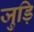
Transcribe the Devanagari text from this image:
जुड़ि